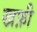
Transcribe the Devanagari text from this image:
खफ़ी